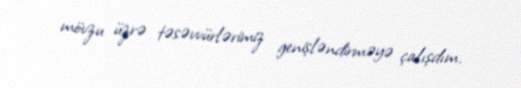
mövzu üzrə təsəvvürlərimiz genişləndirməyə çalışdım.